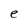
Character: e